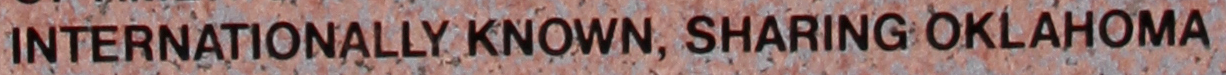
INTERNATIONALLY KNOWN, SHARING OKLAHOMA